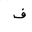
Letter: _fa